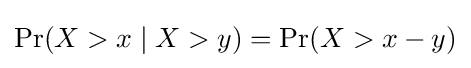
\Pr(X>x\mid X>y)=\Pr(X>x-y)